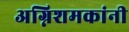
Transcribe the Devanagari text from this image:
अग्निशमकांनी